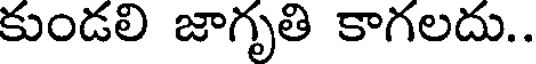
కుండలి జాగృతి కాగలదు..